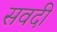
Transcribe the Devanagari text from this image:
सवदी